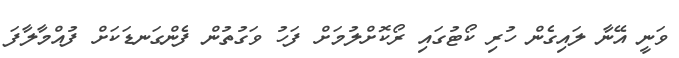
ވަނީ އޭނާ ލައިގެން ހުރި ކޯޓުގައި ރޯކޮށްލުމަށް ފަހު ވަގުތުން ފެންގަނޑަކަށް ފުއްމާލާފަ